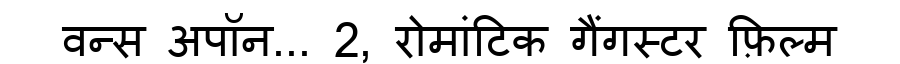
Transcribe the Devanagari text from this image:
वन्स अपॉन... 2, रोमांटिक गैंगस्टर फ़िल्म